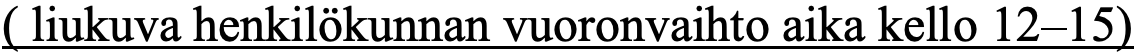
( liukuva henkilökunnan vuoronvaihto aika kello 12–15)